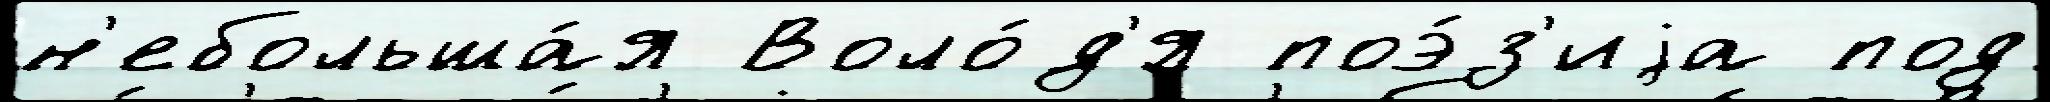
н'ебольша́я Воло́д'я поэ́з'иjа под